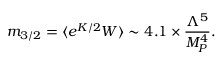
m _ { 3 / 2 } = \langle e ^ { K / 2 } W \rangle \sim 4 . 1 \times \frac { \Lambda ^ { 5 } } { M _ { P } ^ { 4 } } .